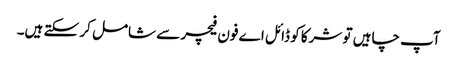
آپ چاہیں تو شرکا کو ڈائل ا ے فون فیچر سے شامل کر سکتے ہیں۔